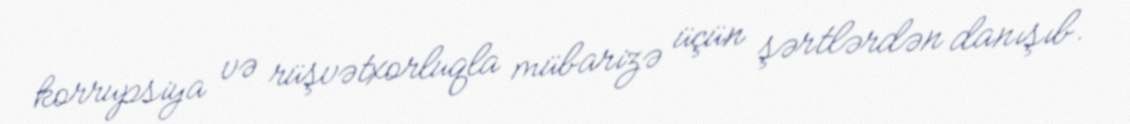
korrupsiya və rüşvətxorluqla mübarizə üçün şərtlərdən danışıb.